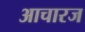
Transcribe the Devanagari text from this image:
आचारज